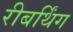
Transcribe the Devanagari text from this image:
रीबर्थिंग